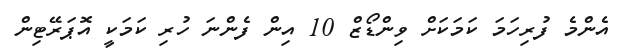
އެންމެ ފުރިހަމަ ކަމަކަށް ވިންޑޯޒް 10 އިން ފެންނަ ހުރި ކަމަކީ އޮޕަރޭޓިން